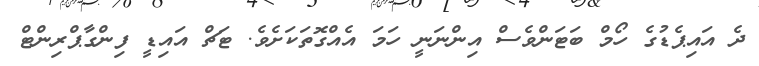
ދެ އައިޕެޑުގެ ހޯމް ބަޓަންވެސް އިންނަނީ ހަމަ އެއްގޮތަކަށެވެ. ޓަޗް އައިޑީ ފިންގާޕްރިންޓް